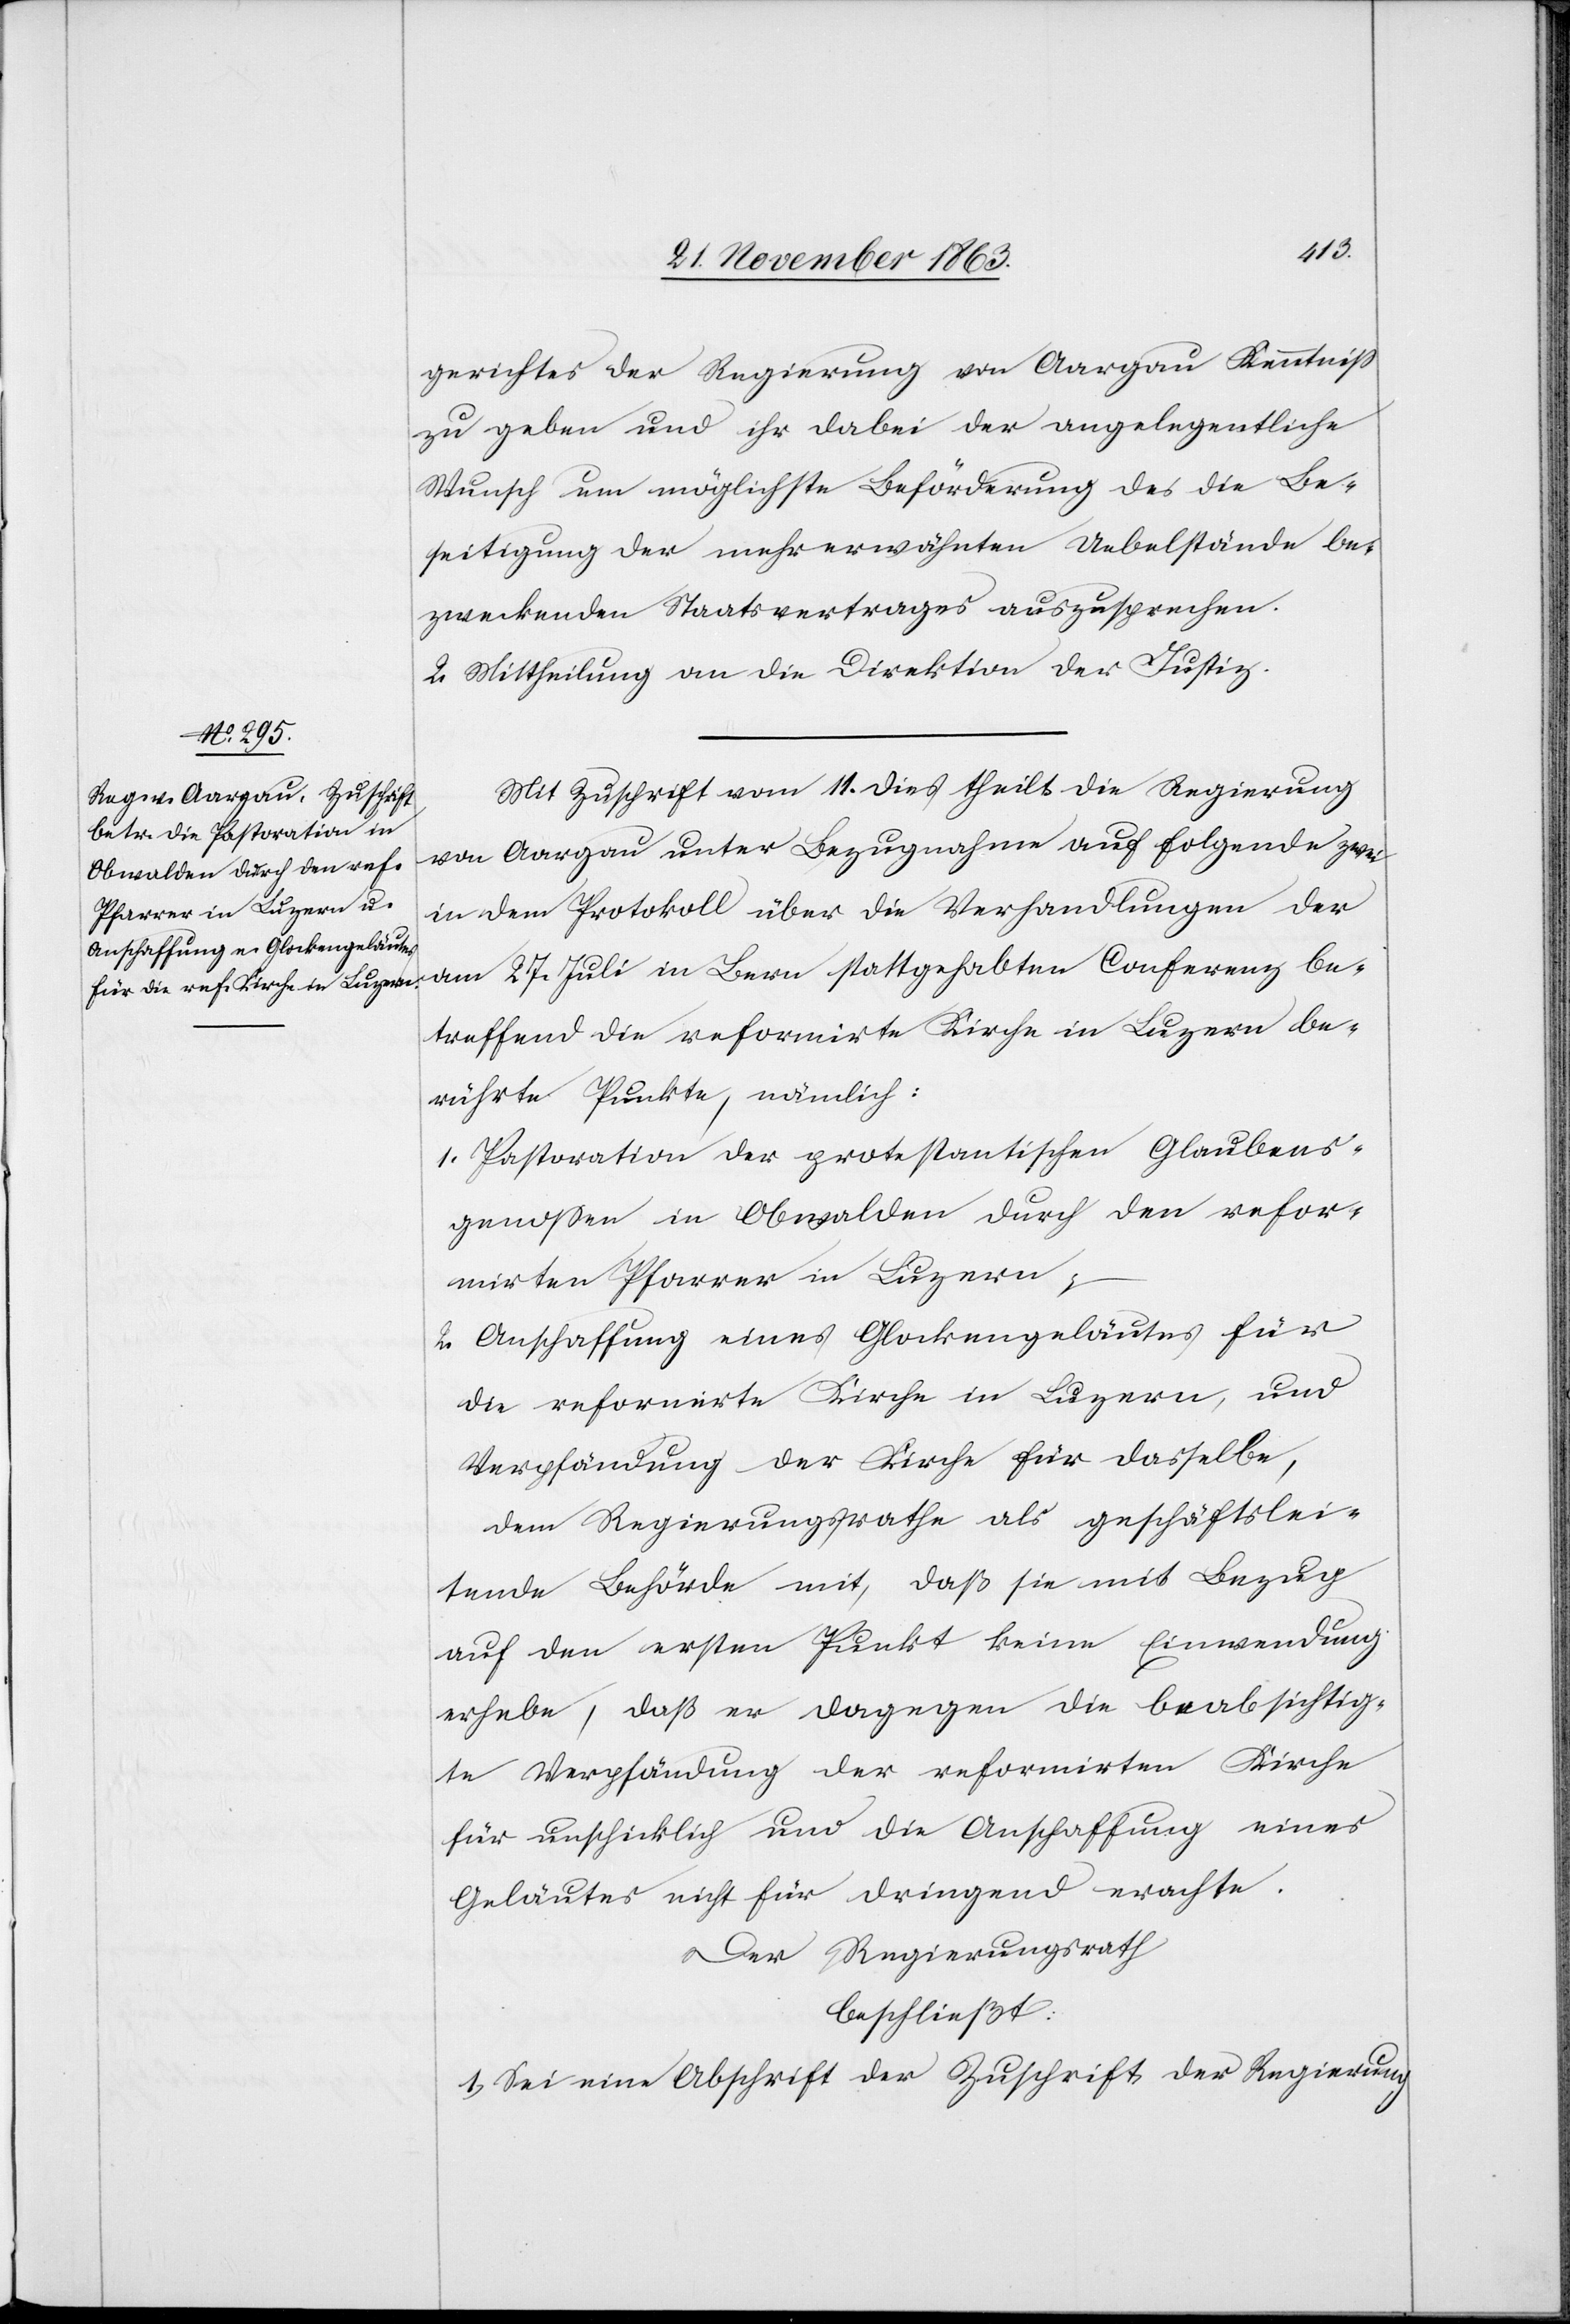
gerichtes der Regierung von Aargau Kenntniss
zu geben und ihr dabei der angelegentliche
Wunsch um möglichste Beförderung des die Be¬
seitigung der mehr erwähnten Uebelstände be¬
zweckenden Staatsvertrages auszusprechen.
2. Mittheilung an die Direktion der Justiz.
Mit Zuschrift vom 11. dies theilt die Regierung
von Aargau unter Bezugnahme auf folgende zwei
in dem Protokoll über die Verhandlungen der
am 27. Juli in Bern stattgehabten Conferenz be¬
treffend die reformirte Kirche in Luzern be¬
rührte Punkte, nämlich:
1. Pastoration der protestantischen Glaubens¬
genossen in Obwalden durch den refor¬
mirten Pfarrer in Luzern;
2. Anschaffung eines Glockengeläutes für
die reformirte Kirche in Luzern, und
Verpfändung der Kirche für dasselbe,
dem Regierungsrathe als geschäftslei¬
tende Behörde mit, daß sie mit Bezug
auf den ersten Punkt keine Einwendung
erhebe, daß er [sic!] dagegen die beabsichtig¬
te Verpfändung der reformirten Kirche
für unschicklich und die Anschaffung eines
Geläutes nicht für dringend erachte.
Der Regierungsrath
beschließt:
1. Sei eine Abschrift der Zuschrift der Regierung